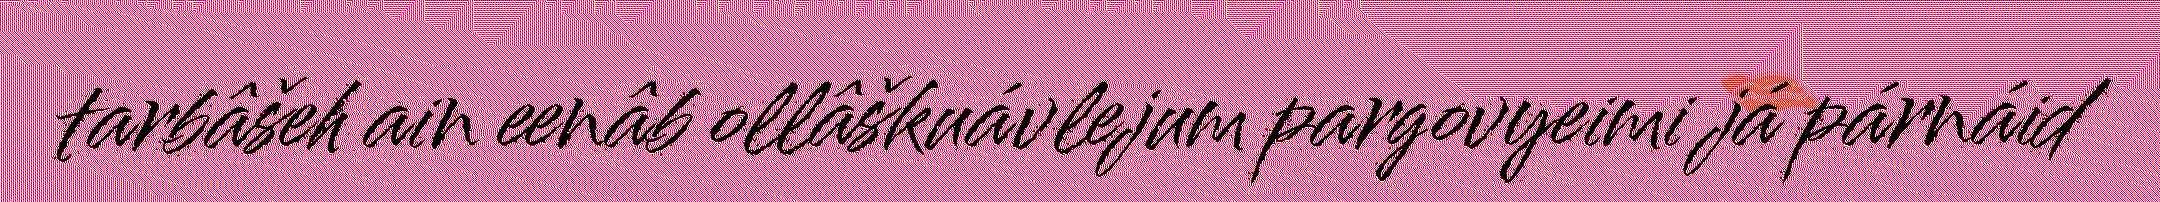
tarbâšeh ain eenâb ollâškuávlejum pargovyeimi já párnáid